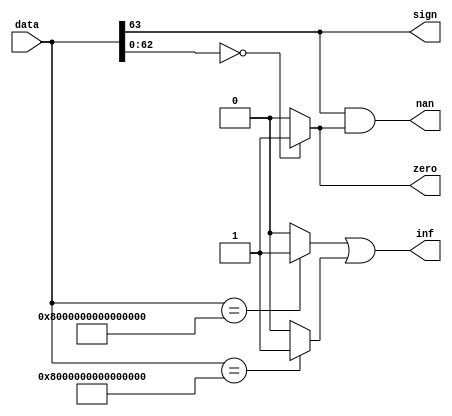
`timescale 1ns/1ps

module Q15Decoder (
  input [63:0] data,

  output sign,
  output nan,
  output zero,
  output inf
);

  assign sign = data[63];
  assign inf = (data == 64'h8000000000000001 ? 1 : 0) | (data == 63'h7fffffffffffffff ? 1 : 0);
  assign zero = data[62:0] == 0 ? 1 : 0;
  assign nan = sign & zero;

endmodule